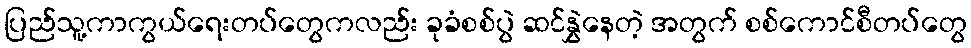
ပြည်သူ့ကာကွယ်ရေးတပ်တွေကလည်း ခုခံစစ်ပွဲ ဆင်နွှဲနေတဲ့ အတွက် စစ်ကောင်စီတပ်တွေ